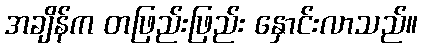
အချိန်က တဖြည်းဖြည်း နှောင်းလာသည်။